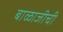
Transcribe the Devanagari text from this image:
बाळाजीची